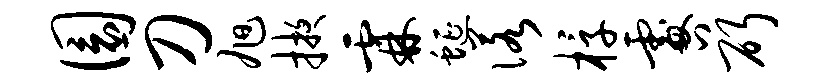
圜刀旭掖霖蜒诺椁咎斫